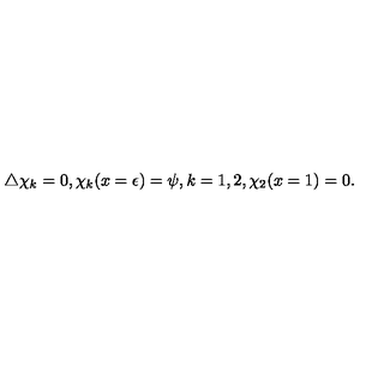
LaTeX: \bigtriangleup \chi _ { k } = 0 , \chi _ { k } ( x = \epsilon ) = \psi , { } k = 1 , 2 , \chi _ { 2 } ( x = 1 ) = 0 .